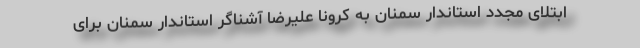
ابتلای مجدد استاندار سمنان به کرونا علیرضا آشناگر استاندار سمنان برای